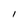
Character: 1